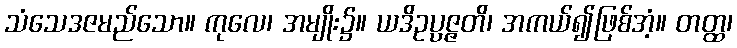
သံသေဒဇမည်သော။ ကုလေ၊ အမျိုး၌။ ယဒိဥပ္ပဇ္ဇတိ၊ အကယ်၍ဖြစ်အံ့။ တတ္ထ၊